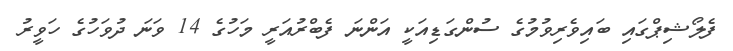
ފެލޯޝިޕްގައި ބައިވެރިވުމުގެ ސުންގަޑިއަކީ އަންނަ ފެބްރުއަރީ މަހުގެ 14 ވަނަ ދުވަހުގެ ހަވީރު